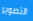
التصوير